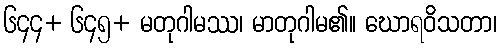
၆၄၄+ ၆၄၅+ မတုဂါမဿ၊ မာတုဂါမ၏။ ဃောရဝိသတာ၊